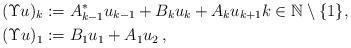
LaTeX: \begin{align*} (\Upsilon u)_k&:= A_{k-1}^* u_{k-1} + B_k u_k + A_ku_{k+1} k \in \mathbb{N} \setminus \{1\},\\ (\Upsilon u)_1&:=B_1 u_1 + A_1 u_2\,,\end{align*}